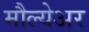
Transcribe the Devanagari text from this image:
मौल्येअर